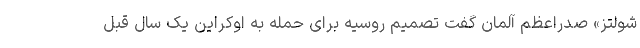
شولتز» صدراعظم آلمان گفت تصمیم روسیه برای حمله به اوکراین یک سال قبل